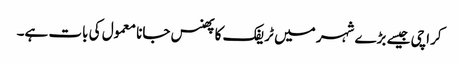
کراچی جیسے بڑے شہر میں ٹریفک کا پھنس جانا معمول کی بات ہے۔